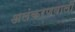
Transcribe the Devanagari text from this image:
अलंकरणवाली